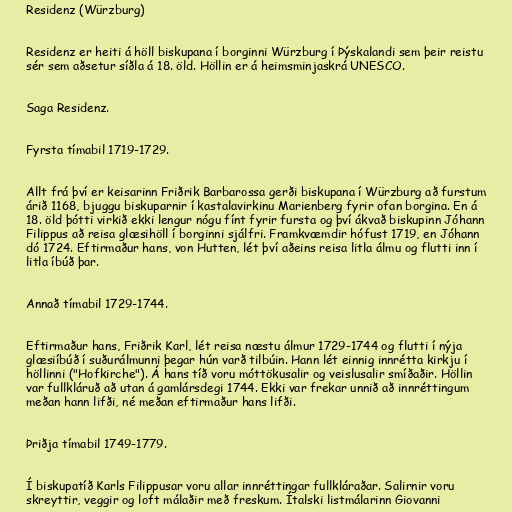
Residenz (Würzburg)

Residenz er heiti á höll biskupana í borginni Würzburg í Þýskalandi sem þeir reistu
sér sem aðsetur síðla á 18. öld. Höllin er á heimsminjaskrá UNESCO.

Saga Residenz.

Fyrsta tímabil 1719-1729.

Allt frá því er keisarinn Friðrik Barbarossa gerði biskupana í Würzburg að furstum
árið 1168, bjuggu biskuparnir í kastalavirkinu Marienberg fyrir ofan borgina. En á
18. öld þótti virkið ekki lengur nógu fínt fyrir fursta og því ákvað biskupinn Jóhann
Filippus að reisa glæsihöll í borginni sjálfri. Framkvæmdir hófust 1719, en Jóhann
dó 1724. Eftirmaður hans, von Hutten, lét því aðeins reisa litla álmu og flutti inn í
litla íbúð þar.

Annað tímabil 1729-1744.

Eftirmaður hans, Friðrik Karl, lét reisa næstu álmur 1729-1744 og flutti í nýja
glæsiíbúð í suðurálmunni þegar hún varð tilbúin. Hann lét einnig innrétta kirkju í
höllinni ("Hofkirche"). Á hans tíð voru móttökusalir og veislusalir smíðaðir. Höllin
var fullkláruð að utan á gamlársdegi 1744. Ekki var frekar unnið að innréttingum
meðan hann lifði, né meðan eftirmaður hans lifði.

Þriðja tímabil 1749-1779.

Í biskupatíð Karls Filippusar voru allar innréttingar fullkláraðar. Salirnir voru
skreyttir, veggir og loft málaðir með freskum. Ítalski listmálarinn Giovanni